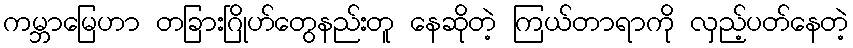
ကမ္ဘာမြေဟာ တခြားဂြိုဟ်တွေနည်းတူ နေဆိုတဲ့ ကြယ်တာရာကို လှည့်ပတ်နေတဲ့